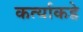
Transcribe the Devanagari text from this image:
कर्त्याकडे